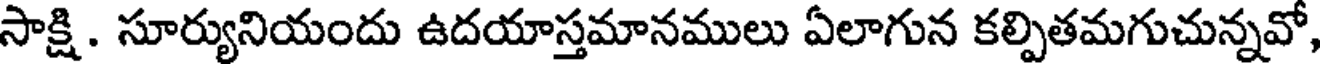
సాక్షి. సూర్యునియందు ఉదయాస్తమానములు ఏలాగున కల్పితమగుచున్నవో,